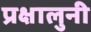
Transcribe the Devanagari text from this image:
प्रक्षालुनी